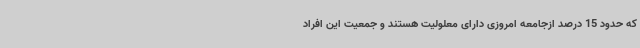
که حدود 15 درصد ازجامعه امروزی دارای معلولیت هستند و جمعیت این افراد